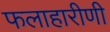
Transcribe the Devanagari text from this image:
फलाहारीणी